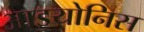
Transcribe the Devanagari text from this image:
आइयोनिस